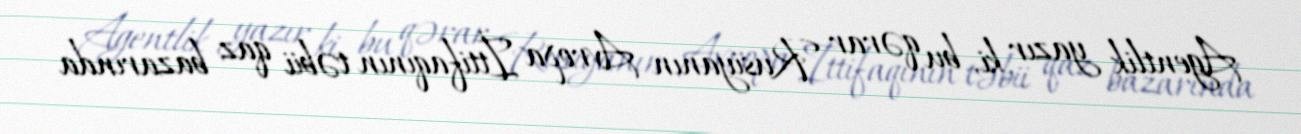
Agentlik yazır ki, bu qərar Rusiyanın Avropa İttifaqının təbii qaz bazarında